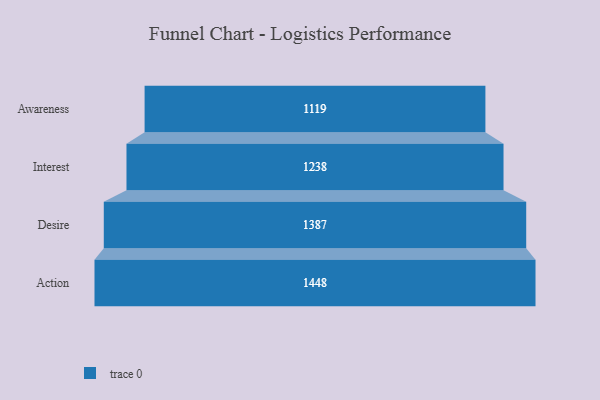
{"axis": {"x": "Stage", "y": "Value"}, "legend": [""], "data": [{"x": "Awareness", "y": 1119.0, "type": ""}, {"x": "Interest", "y": 1238.0, "type": ""}, {"x": "Desire", "y": 1387.0, "type": ""}, {"x": "Action", "y": 1448.0, "type": ""}]}